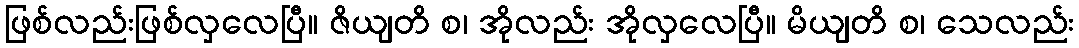
ဖြစ်လည်းဖြစ်လှလေပြီ။ ဇိယျတိ စ၊ အိုလည်း အိုလှလေပြီ။ မိယျတိ စ၊ သေလည်း